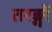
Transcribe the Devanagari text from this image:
तरङ्गों